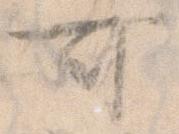
可